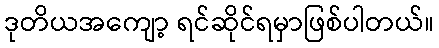
ဒုတိယအကျော့ ရင်ဆိုင်ရမှာဖြစ်ပါတယ်။